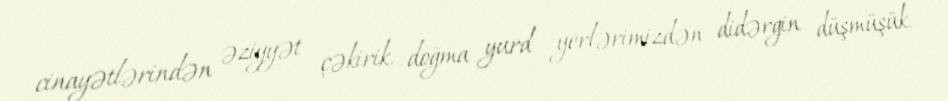
cinayətlərindən əziyyət çəkirik, doğma yurd yerlərimizdən didərgin düşmüşük.